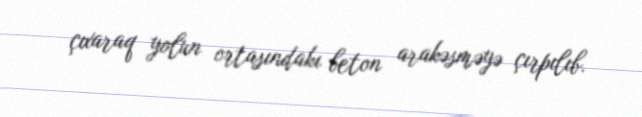
çıxaraq yolun ortasındakı beton arakəsməyə çırpılıb.